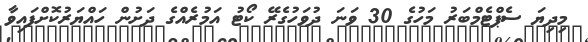
މިދިޔަ ސެޕްޓެމްބަރު މަހުގެ 30 ވަނަ ދުވަހުގެރޭ ކޯޓު އަމުރެއްގެ ދަށުން ހައްޔަރުކޮށްފައިވާ